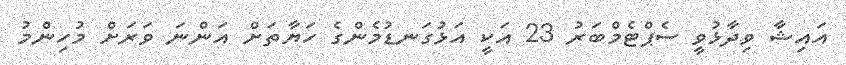
އައިޝާ ވިދާޅުވީ ސެޕްޓެމްބަރު 23 އަކީ އަޅުގަނޑުމެންގެ ހަޔާތަށް އަންނަ ވަރަށް މުހިންމު